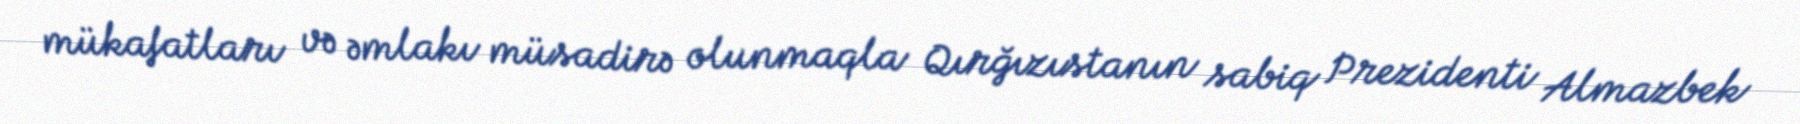
mükafatları və əmlakı müsadirə olunmaqla Qırğızıstanın sabiq Prezidenti Almazbek